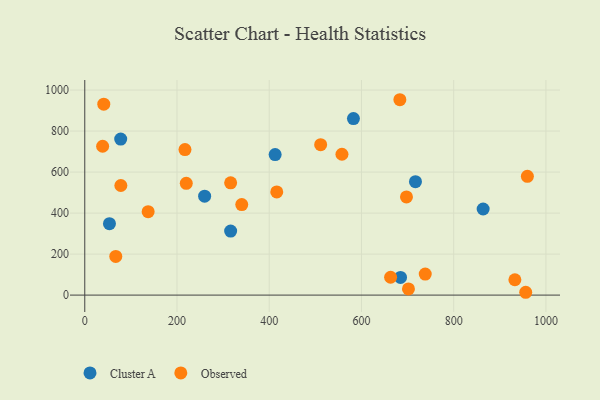
{"axis": {"x": "Price", "y": "Rating"}, "legend": ["Cluster A", "Observed"], "data": [{"x": "684.7", "y": 86.3, "type": "Cluster A"}, {"x": "582.6", "y": 860.9, "type": "Cluster A"}, {"x": "77.9", "y": 761.1, "type": "Cluster A"}, {"x": "412.8", "y": 685.3, "type": "Cluster A"}, {"x": "717.1", "y": 553.3, "type": "Cluster A"}, {"x": "316.3", "y": 312.4, "type": "Cluster A"}, {"x": "259.9", "y": 482.5, "type": "Cluster A"}, {"x": "863.9", "y": 419.8, "type": "Cluster A"}, {"x": "53.5", "y": 348.5, "type": "Cluster A"}, {"x": "38.7", "y": 726.0, "type": "Observed"}, {"x": "41.2", "y": 930.9, "type": "Observed"}, {"x": "738.3", "y": 102.6, "type": "Observed"}, {"x": "416.3", "y": 503.1, "type": "Observed"}, {"x": "956.2", "y": 13.8, "type": "Observed"}, {"x": "220.1", "y": 544.9, "type": "Observed"}, {"x": "137.4", "y": 406.8, "type": "Observed"}, {"x": "67.2", "y": 188.6, "type": "Observed"}, {"x": "78.2", "y": 534.6, "type": "Observed"}, {"x": "697.6", "y": 478.8, "type": "Observed"}, {"x": "316.3", "y": 547.6, "type": "Observed"}, {"x": "340.4", "y": 441.5, "type": "Observed"}, {"x": "511.5", "y": 733.6, "type": "Observed"}, {"x": "959.8", "y": 579.1, "type": "Observed"}, {"x": "683.3", "y": 952.8, "type": "Observed"}, {"x": "932.7", "y": 74.8, "type": "Observed"}, {"x": "557.7", "y": 686.9, "type": "Observed"}, {"x": "217.3", "y": 709.5, "type": "Observed"}, {"x": "701.9", "y": 30.1, "type": "Observed"}, {"x": "663.2", "y": 87.0, "type": "Observed"}]}